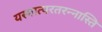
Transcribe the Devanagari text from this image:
यस्मात्परतरन्नास्ति